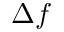
\Delta f